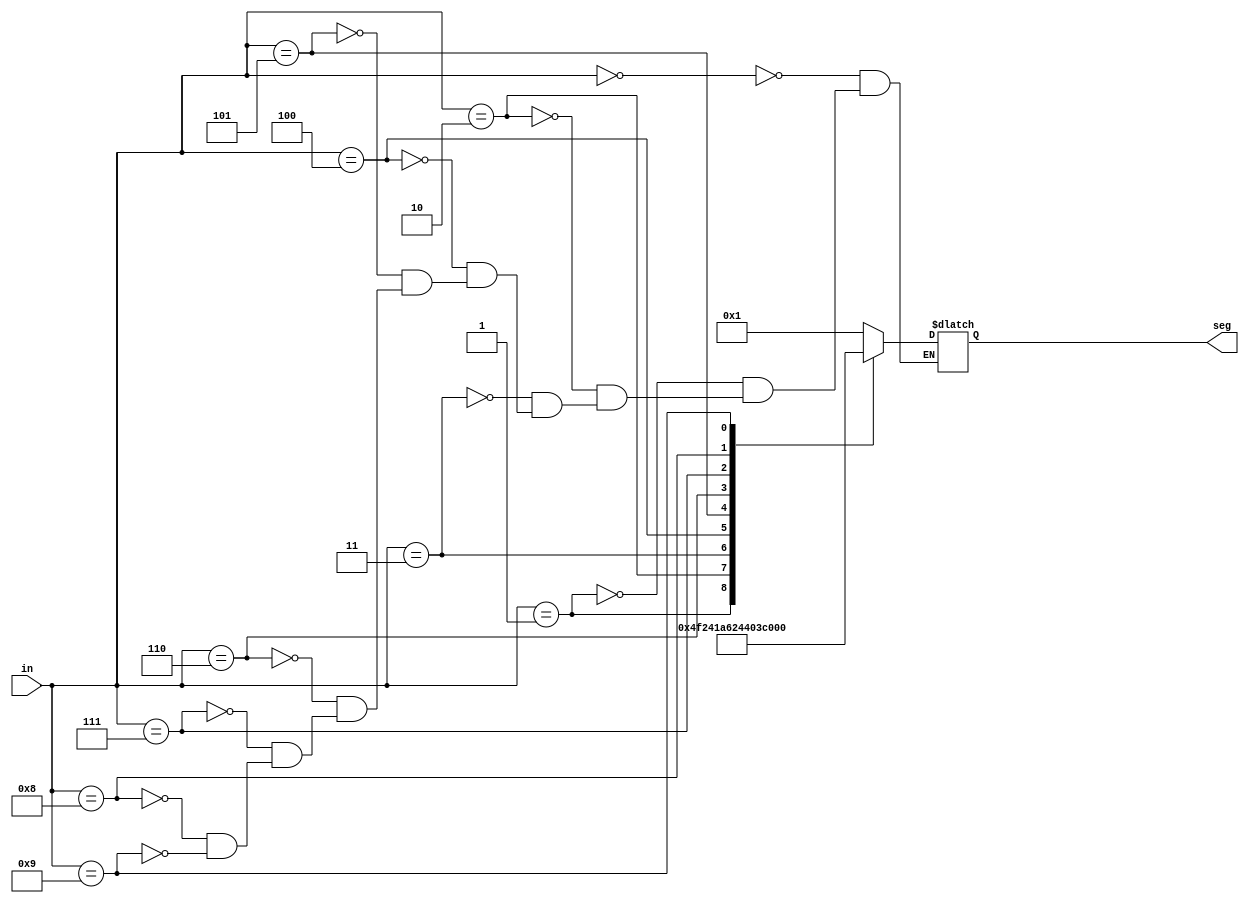
module Decoder_7_segment(
	input [3:0] in, // 4 bits going into the segment
	output reg [6:0] seg //display BCD number on a 7-seg
	);
	
always @ (in)
	begin
		case(in)
			0 : seg = 7'b0000001; //active low logic here, displays 0
			1 : seg = 7'b1001111; //displays 1
			2 : seg = 7'b0010010; //displays 2
			3 : seg = 7'b0000110; //displays 3
			4 : seg = 7'b1001100; //displays 4
			5 : seg = 7'b0100100; //displays 5
			6 : seg = 7'b0100000; //displays 6
			7 : seg = 7'b0001111; //displays 7
			8 : seg = 7'b0000000; //displays 8
			9 : seg = 7'b0001100; //displays 9
		endcase
	end
endmodule